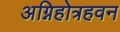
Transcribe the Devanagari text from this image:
अग्निहोत्रहवन